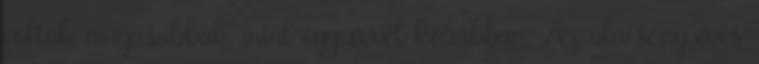
voltak magasabbak, mint egy évvel korábban. Az alacsony éves